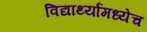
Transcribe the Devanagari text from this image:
विद्यार्थ्यांमध्येच